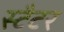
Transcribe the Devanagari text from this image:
स्टैटर